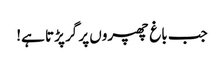
جب باغ چھپروں پر گر پڑتا ہے!